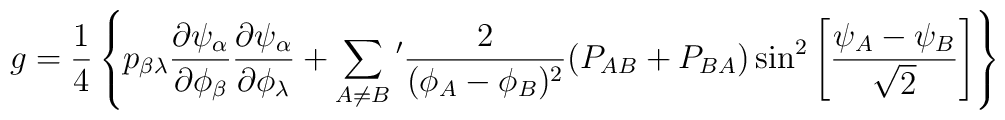
g = {1 \over 4} \left\{p_{\beta \lambda}{\partial \psi_\alpha \over\partial \phi_\beta}{\partial \psi _\alpha \over \partial \phi _\lambda} + \sum _{A\not= B}{'} {2\over (\phi_A - \phi_B)^2}(P_{AB} + P_{BA}) \sin^2 \left[{\psi_A - \psi_B \over \sqrt 2} \right] \right\}